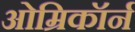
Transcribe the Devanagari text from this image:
ओम्रिकॉर्न